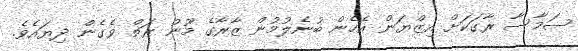
ސަމާސާ ރާގަކަށް އިޒްޔަން އެހެން ބުނެލުމުން ޒާރާގެ މޫނު ރަތް ވެގެން ދިޔައެވެ.